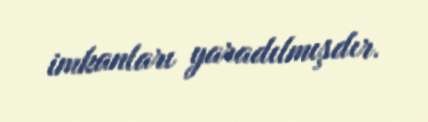
imkanları yaradılmışdır.